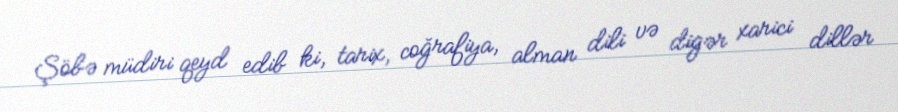
Şöbə müdiri qeyd edib ki, tarix, coğrafiya, alman dili və digər xarici dillər